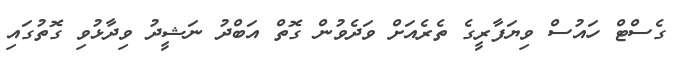
ގެސްޓް ހައުސް ވިޔަފާރީގެ ތެރެއަށް ވަދެވުން ގޮތް އަބްދު ނަޝީދު ވިދާޅުވި ގޮތުގައި